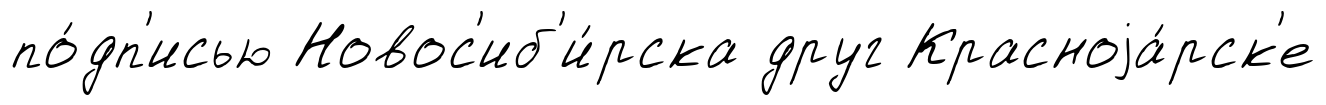
по́дп'исью Новос'иб'и́рска друг Красноjа́рск'е